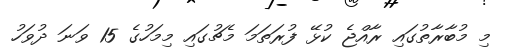
މި މުބާރާތުގައި ރާއްޖެ ކުޅޭ ފުރަތަމަ މެޗުގައި މިމަހުގެ 15 ވަނަ ދުވަހު